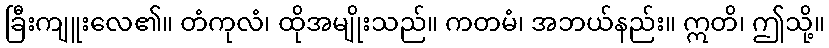
ခြီးကျူးလေ၏။ တံကုလံ၊ ထိုအမျိုးသည်။ ကတမံ၊ အဘယ်နည်း။ ဣတိ၊ ဤသို့။